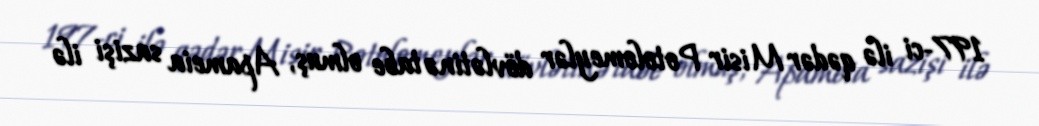
197-ci ilə qədər Misir Potolomeylər dövlətinə tabe olmuş, Apameia sazişi ilə